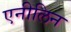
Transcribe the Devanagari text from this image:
एनीलिन